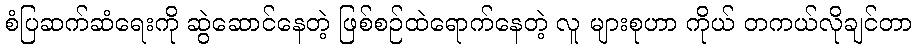
စံပြဆက်ဆံရေးကို ဆွဲဆောင်နေတဲ့ ဖြစ်စဉ်ထဲရောက်နေတဲ့ လူ များစုဟာ ကိုယ် တကယ်လိုချင်တာ